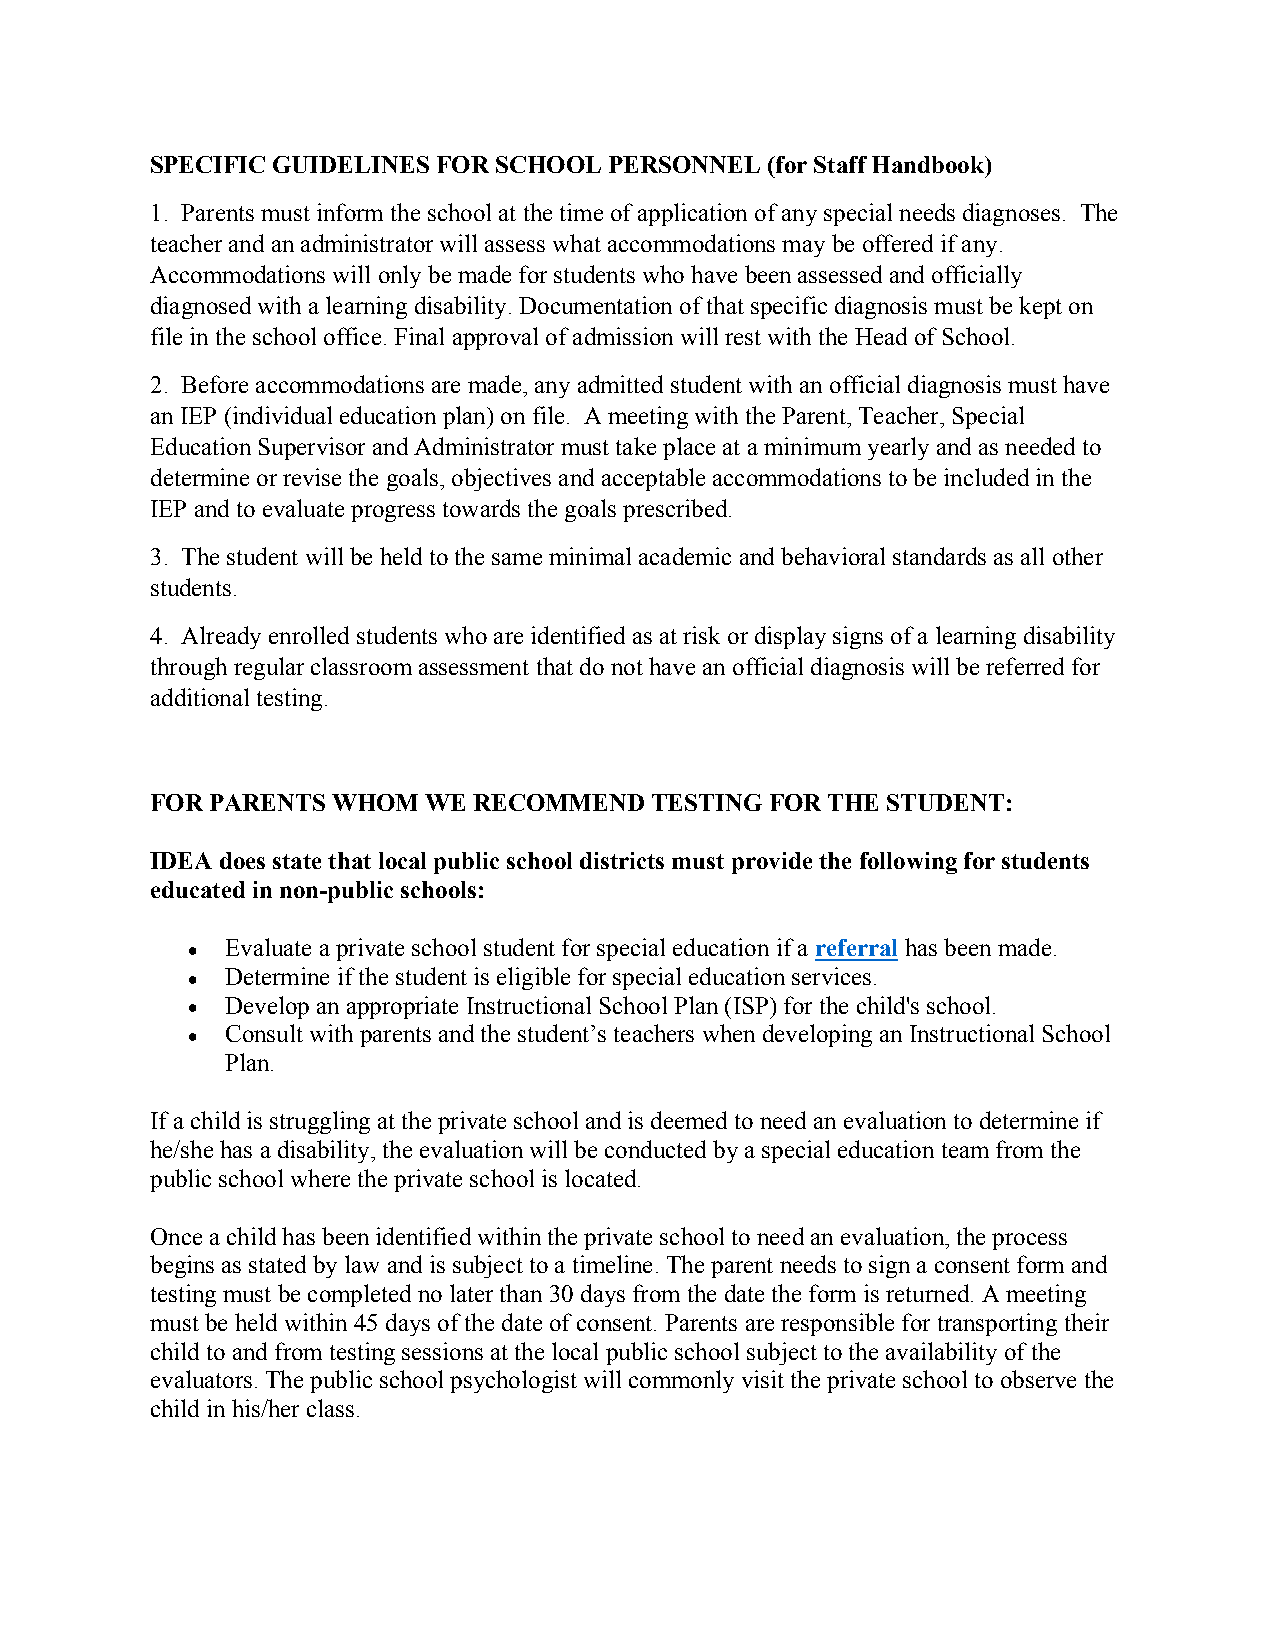
SPECIFIC GUIDELINES FOR SCHOOL PERSONNEL (for Staff Handbook)
 1. Parents must inform the school at the time of application of any special needs diagnoses. The
 teacher and an administrator will assess what accommodations may be offered if any.
 Accommodations will only be made for students who have been assessed and officially
 diagnosed with a learning disability. Documentation of that specific diagnosis must be kept on
 file in the school office. Final approval of admission will rest with the Head of School.
 2. Before accommodations are made, any admitted student with an official diagnosis must have
 an IEP (individual education plan) on file. A meeting with the Parent, Teacher, Special
 Education Supervisor and Administrator must take place at a minimum yearly and as needed to
 determine or revise the goals, objectives and acceptable accommodations to be included in the
 IEP and to evaluate progress towards the goals prescribed.
 3. The student will be held to the same minimal academic and behavioral standards as all other
 students.
 4. Already enrolled students who are identified as at risk or display signs of a learning disability
 through regular classroom assessment that do not have an official diagnosis will be referred for
 additional testing.
 FOR PARENTS WHOM  WE RECOMMEND   TESTING FOR THE STUDENT:
 IDEA does state that local public school districts must provide the following for students
 educated in non-public schools:
   Evaluate a private school student for special education if a referral has been made.
   Determine if the student is eligible for special education services.
   Develop an appropriate Instructional School Plan (ISP) for the child's school.
   Consult with parents and the student’s teachers when developing an Instructional School
 Plan.
 If a child is struggling at the private school and is deemed to need an evaluation to determine if
 he/she has a disability, the evaluation will be conducted by a special education team from the
 public school where the private school is located.
 Once a child has been identified within the private school to need an evaluation, the process
 begins as stated by law and is subject to a timeline. The parent needs to sign a consent form and
 testing must be completed no later than 30 days from the date the form is returned. A meeting
 must be held within 45 days of the date of consent. Parents are responsible for transporting their
 child to and from testing sessions at the local public school subject to the availability of the
 evaluators. The public school psychologist will commonly visit the private school to observe the
 child in his/her class.